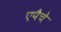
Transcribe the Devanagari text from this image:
एपैचे